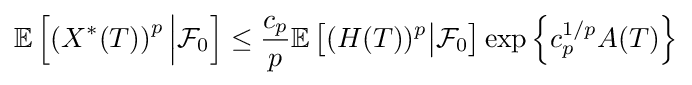
\mathbb {E} \left[\left(X^{*}(T)\right)^{p}{\Big \vert }{\mathcal {F}}_{0}\right]\leq {\frac {c_{p}}{p}}\mathbb {E} \left[(H(T))^{p}{\big \vert }{\mathcal {F}}_{0}\right]\exp \left\lbrace c_{p}^{1/p}A(T)\right\rbrace